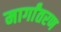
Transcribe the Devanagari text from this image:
मार्गांतरण